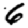
Digit: 6